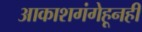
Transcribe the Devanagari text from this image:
आकाशगंगेहूनही